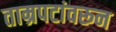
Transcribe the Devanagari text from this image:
ताम्रपटांवरून